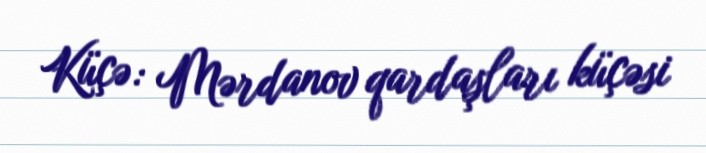
Küçə: Mərdanov qardaşları küçəsi